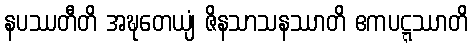
နပဿတီတိ အဍ္ဎတေယျံ ဇိနသာသနဿာတိ ဧကပဋ္ဋဿာတိ